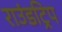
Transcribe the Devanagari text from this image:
राउंडट्रिप